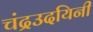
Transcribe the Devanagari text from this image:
चंद्रउदयिनी